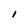
Character: 1